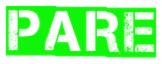
PARE